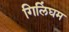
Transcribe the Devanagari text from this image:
गिलिंघम